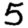
Digit: 5